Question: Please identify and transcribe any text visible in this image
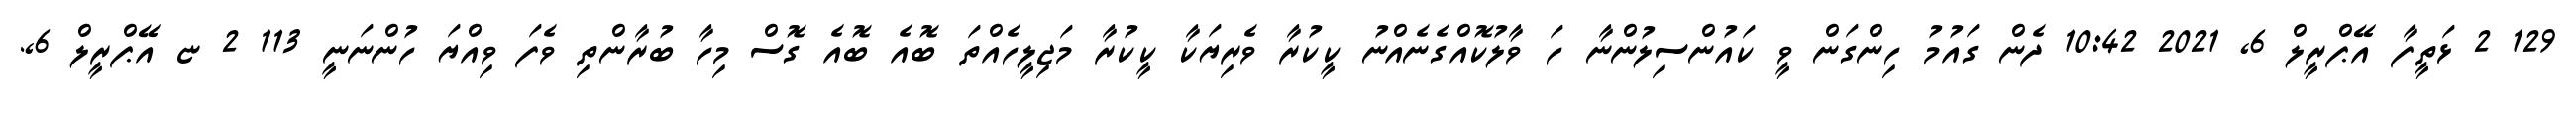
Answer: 129 2 ޅަތީފާ އޭޕްރީލް 6, 2021 10:42 ދެން ގައުމު ހިންގަން ވީ ކައުންސިލުންނާ ހަ ވާލުކޮއްގެނެއްނު ކީކުރާ ވެރިޔަކާ ކީކުރާ މަޖިލީހެއްތަ ބޮއެ ބޮއެ ގޮސް މިހާ ބުރާންތި ވެފަ ވިއްޔަ ހުންނަނީ 113 2 ޏ އޭޕްރީލް 6,.